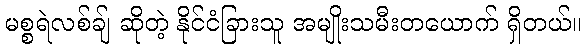
မစ္စရဲလစ်ချ် ဆိုတဲ့ နိုင်ငံခြားသူ အမျိုးသမီးတယောက် ရှိတယ်။